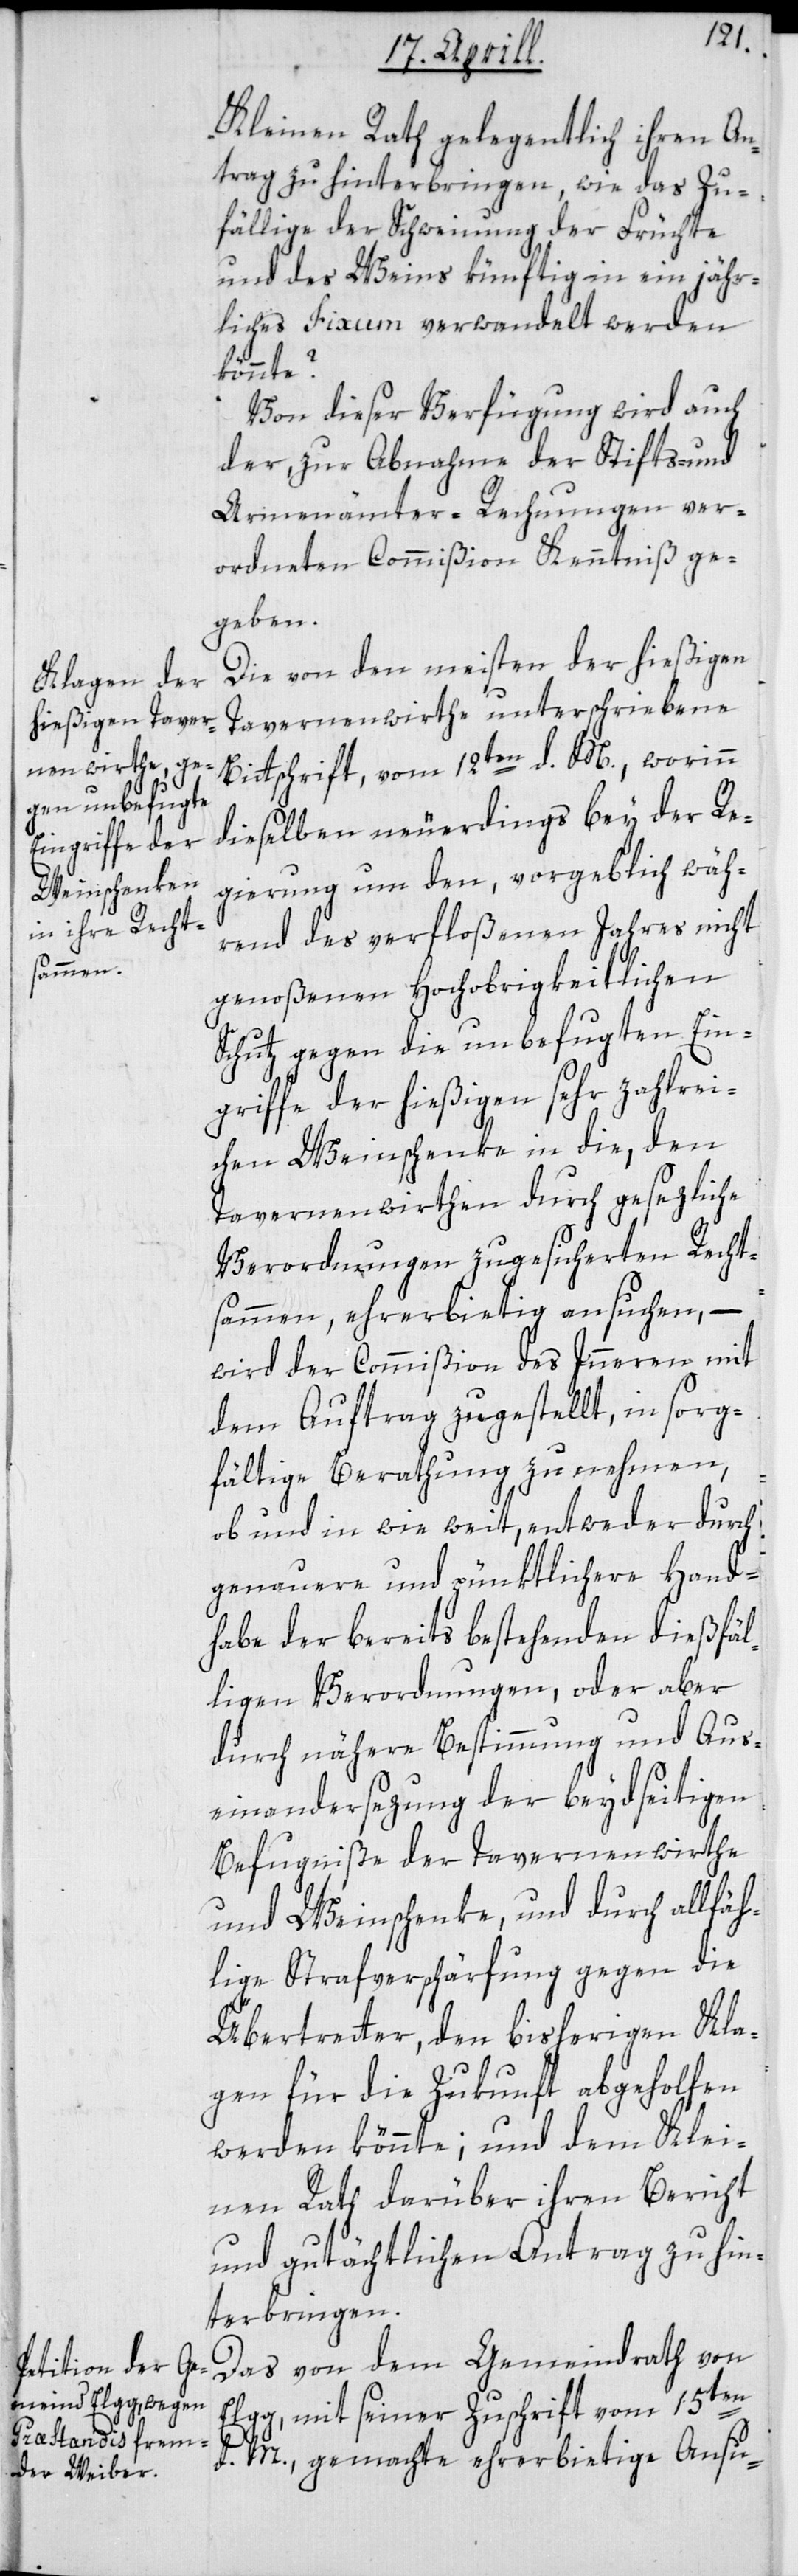
Kleinen Rath gelegentlich ihren An¬
trag zu hinterbringen, wie das Zu¬
fällige der Schweinung der Früchte
und des Weins künftig in ein jähr¬
liches Fixum verwandelt werden
könnte?
Von dieser Verfügung wird auch
zur Abnahme der Stifts- und
Armenämter-Rechnungen ver¬
ordneten Commißion Kenntniß ge¬
geben.
Die von den meisten der hießigen
Tavernenwirthe unterschriebene
Bittschrift, vom 12ten d. M., worinn
dieselben neuerdings bey der Re¬
gierung um den, vorgeblich wäh¬
rend des verfloßenen Jahres nicht
genoßenen Hochobrigkeitlichen
Schutz gegen die unbefugten Ein¬
griffe der hießigen sehr zahlrei¬
chen Weinschenke in die, den
Tavernenwirthen durch gesezliche
Verordnungen zugesicherten Recht¬
sammen, ehrerbietig ansuchen, –
wird der Commißion des Innern mit
dem Auftrag zugestellt, in sorg¬
fältige Berathung zu nehmen,
ob und in wie weit, entweder durch
genauere und pünktlichere Hand¬
habe der bereits bestehenden dießfäl¬
ligen Verordnungen, oder aber
durch nähere Bestimmung und Aus¬
einandersezung der beydseitigen
Befugniße der Tavernenwirthe
und Weinschenke, und durch allfäh¬
lige Strafverschärfung gegen die
Übertretter, den bisherigen Kla¬
gen für die Zukunft abgeholfen
werden könnte; und dem Klei¬
nen Rath darüber ihren Bericht
und gutächtlichen Antrag zu hin¬
terbringen.
Das von dem Gemeindrath von
Elgg, mit seiner Zuschrift vom 15ten
d. M., gemachte ehrerbietige Ansu-